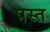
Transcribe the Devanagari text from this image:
पस्‍त